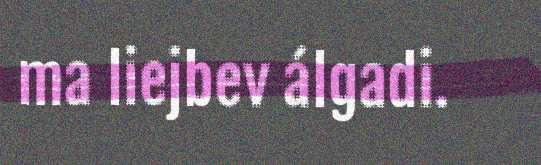
ma liejbev álgadi.